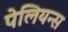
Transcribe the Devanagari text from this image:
पेलियन्स